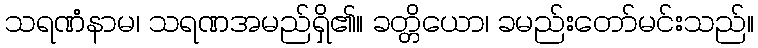
သရဏံနာမ၊ သရဏအမည်ရှိ၏။ ခတ္တိယော၊ ခမည်းတော်မင်းသည်။